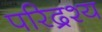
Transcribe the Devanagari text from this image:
परिद्रश्य